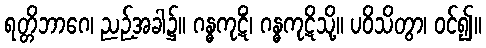
ရတ္တိဘာဂေ၊ ညဉ့်အခါ၌။ ဂန္ဓကုဋိံ၊ ဂန္ဓကုဋိသို့။ ပဝိသိတွာ၊ ဝင်၍။